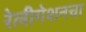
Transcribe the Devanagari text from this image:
रेलीगेशनचा